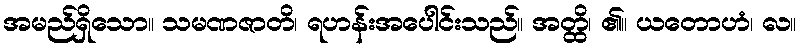
အမည်ရှိသော။ သမဏဇာတိ၊ ရဟန်းအပေါင်းသည်။ အတ္ထိ၊ ၏။ ယတောဟံ၊ လ။